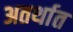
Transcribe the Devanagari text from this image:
अतर्थात